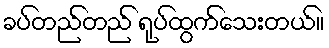
ခပ်တည်တည် ရုပ်ထွက်သေးတယ်။